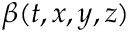
\beta ( t , x , y , z )